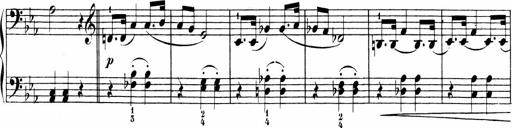
Title: 6 Sonatinas
Composer: Carl Reinecke